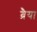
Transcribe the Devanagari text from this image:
ब्रैया